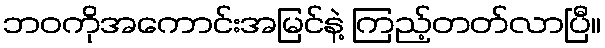
ဘဝကိုအကောင်းအမြင်နဲ့ ကြည့်တတ်လာပြီ။